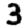
Digit: 3